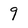
Character: 9